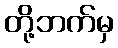
တို့ဘက်မှ